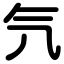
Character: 氕